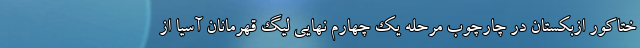
ختاکور ازبکستان در چارچوب مرحله یک چهارم نهایی لیگ قهرمانان آسیا از